Rasina_vallavalitsus, lk 60
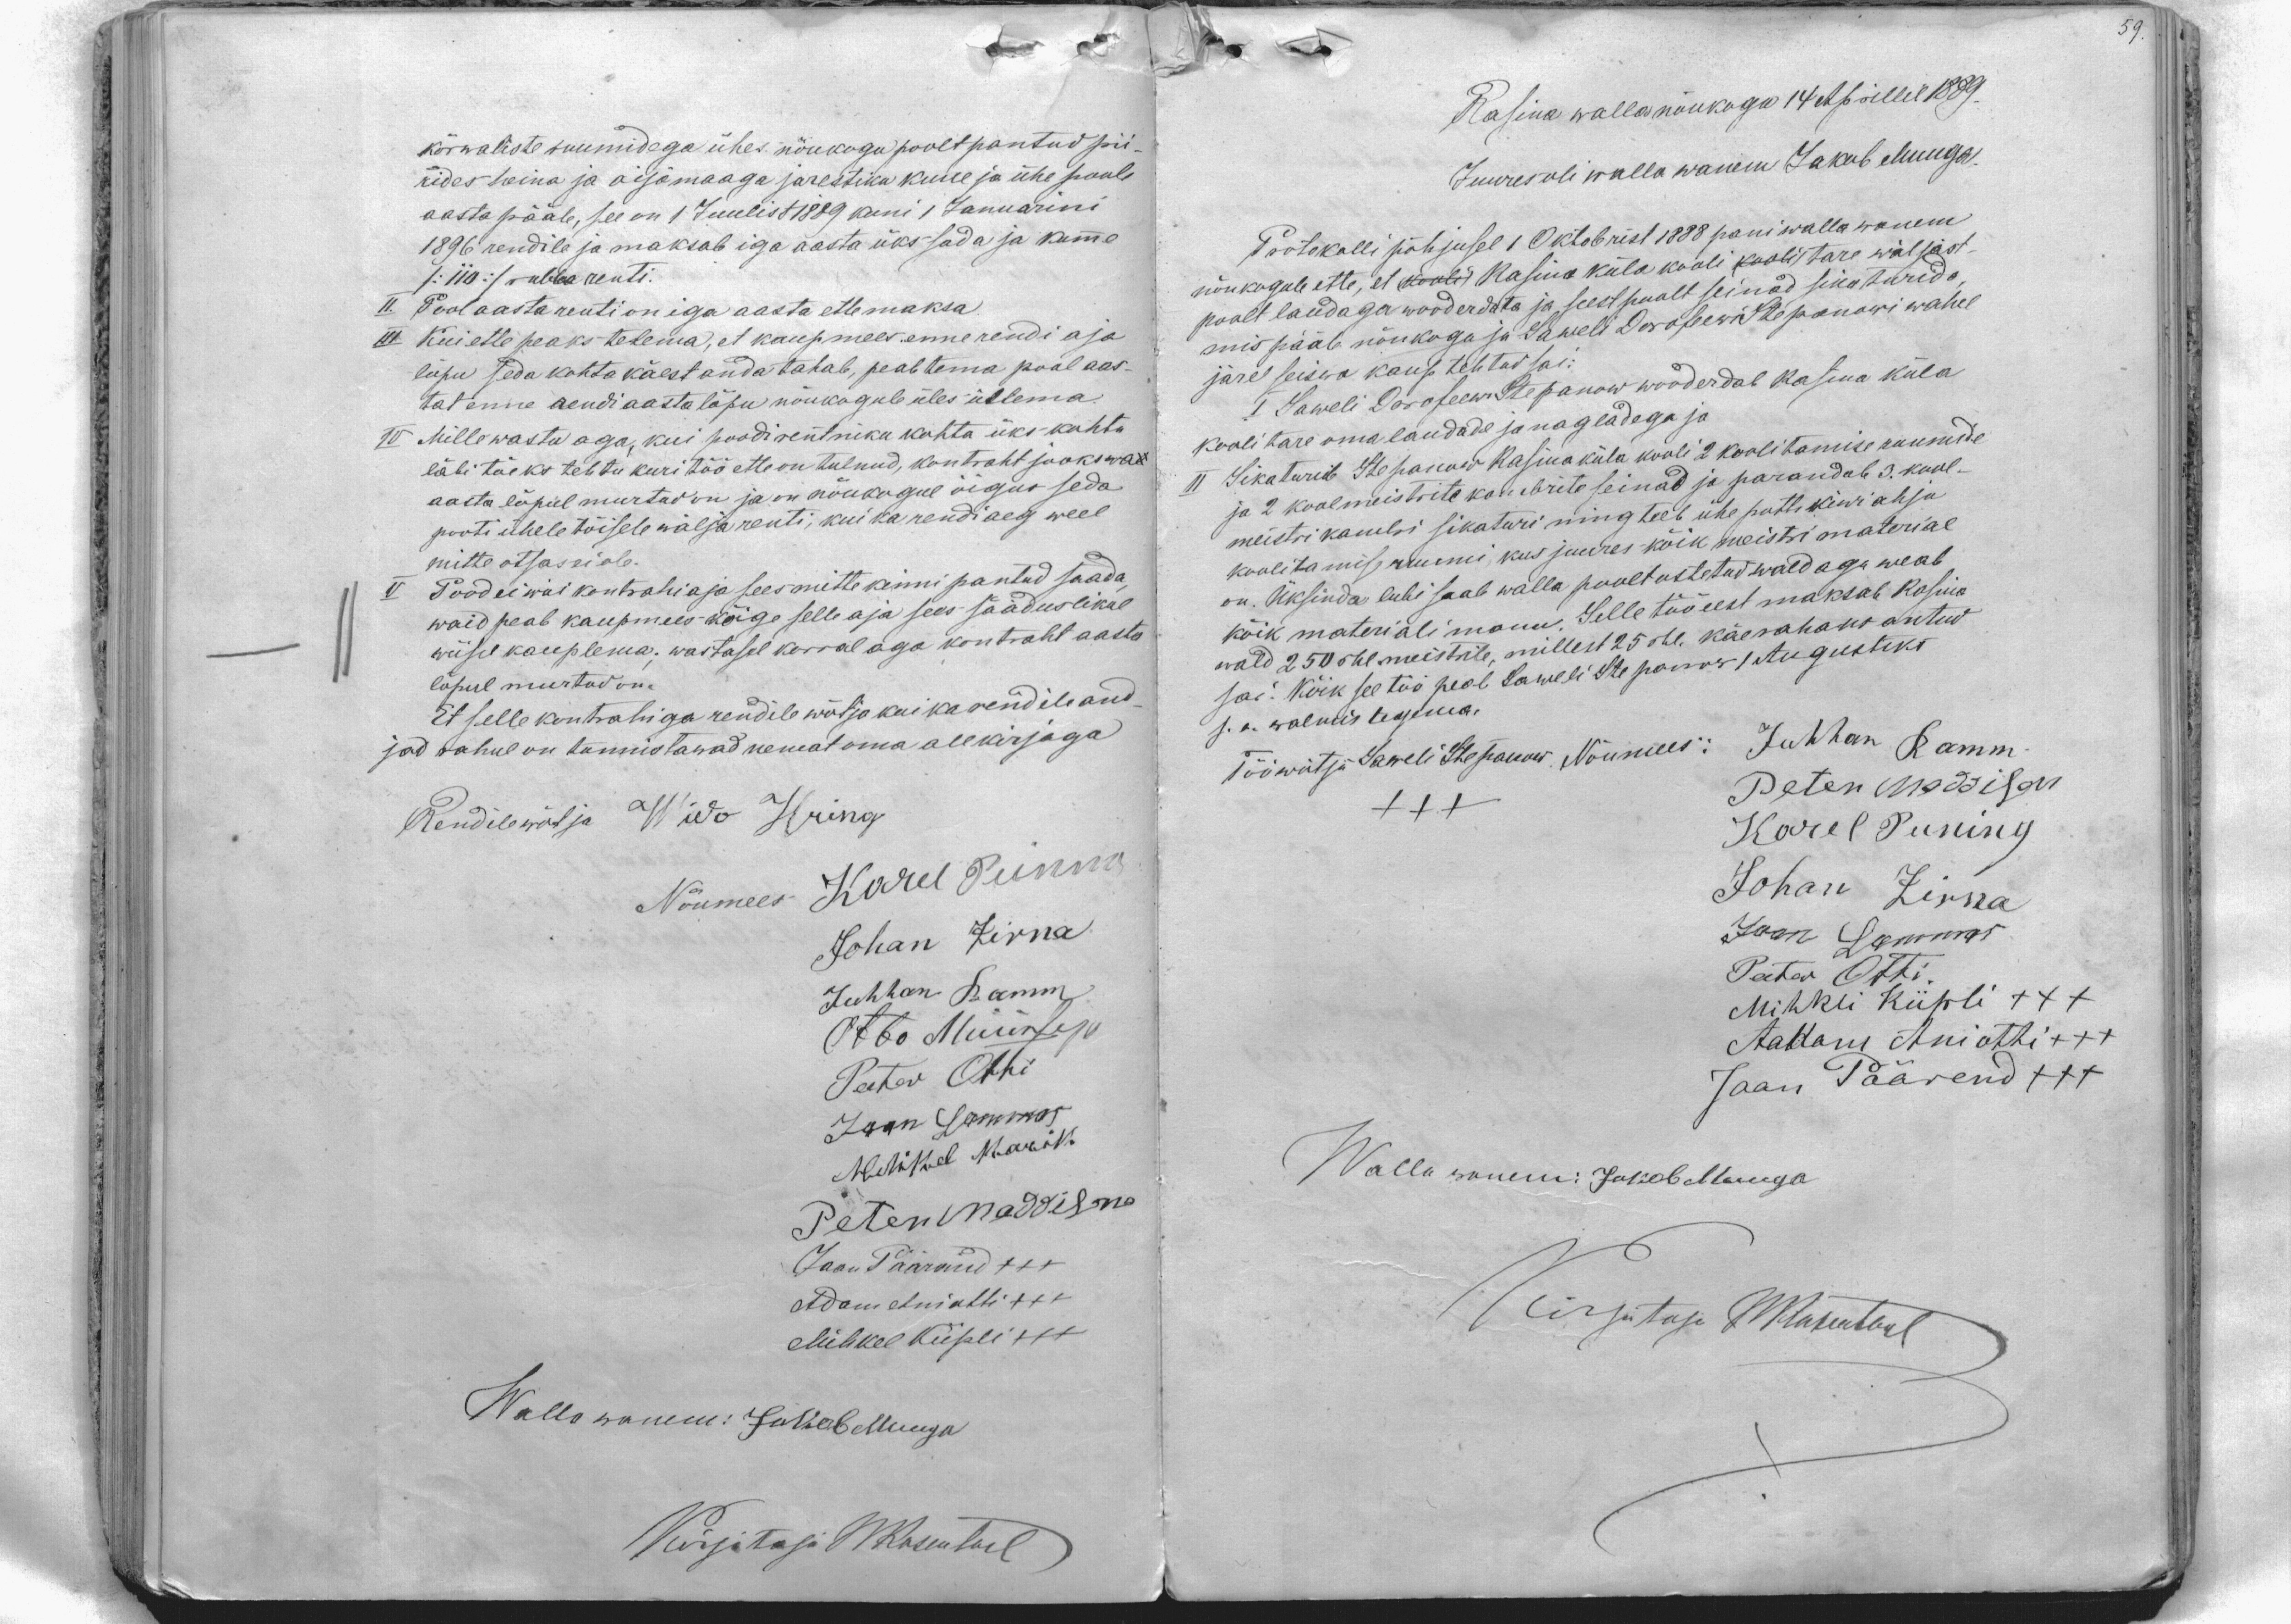
59.

kõrwaliste ruumidega ühes nõukogu poolt pantud pii-
rides heina ja aijamaaga järestiku kuue ja ühe poole
aasta pääle, see on 1 Juulist 1889 kuni 1 Januarini
1896 rendile ja maksab iga aasta ükssada ja kumme
/: 110 :/ rubla renti.
II. Pool aasta renti on iga aasta ettemaksa
III Kui ette peaks tulema, et kaupmees enne rendi aja
lõpu seda kohta käest anda tahab, peab tema pool aas-
tat enne rendi aasta lõpu nõukogule üles ütlema.
IV. Mille wastu aga, kui poodi renntniku kohta üks kohtu
läbi tõeks tehtu kuritöö ette on tulnud, kontraht jookswa
aasta lõpul murtud on ja on nõukogul õigus seda
pooti ühele tõisele wälja renti, kui ka rendiaeg weel
mitte otsas ei ole.
Pood ei woi kontrahi aja sees mitte kinni pantud saada
waid peab kaupmees kõige selle aja sees sääduslikul
wiisil kauplema; wastasel korral aga kontraht aasta
lõpul murtud on.
Et selle kontrahiga rendile wõtja kui ka rendileand-
jad rahul on tunnistawad nemat oma allkirjaga
Rendilewõtja Wido Hring
Nõumees Karel Punna
Johan Zirna
Juhhan Ramm
Otto Müürsep
Peeter Otti
Jaan Lammas
Mihkel Marik
Peter Maddisno
Jaan Päärand XXX
Adam Aniotti +++
Mihkel Kiipli XXX
Walla wanem: Jakob Muuga
Kirjutaja WRosentaal

Rasina walla nõukogu 14 Apillil 1889.
Juures oli walla wanem Jakob Muuga.
Protokolli põhjusel 1 Oktobrist 1888 pani walla wanem
nõukogule ette, et (kooli) Rasina küla kooli kooli tare wäljast
poolt laudaga wooderdata ja seest poolt seinad sikaturida,
mis pääle nõukogu ja Saweli Dorofeewi Stepanowi wahel
järel seiswa kaup tehtud sai:
I Saweli Dorofeewi Stepanow wooderdab Rasina küla
koolitare oma laudade ja nagladega ja
II Sikaturib Stepanow Rasina küla kooli 2 koolitamise ruumide
ja 2 koolmeistrite kambrite seinad ja parandab 3. kool-
meistri kambi sikaturi ning teeb ühe pottikiwi ahju
koolitamise ruumi, kus juures kõik meistri material
on. Üksinda lubi saab walla poolt ostetud wald aga weab
kõik materjali manu. Selle töö eest maksab Rasina
wald 250 rbl. meistrile, millest 25 rbl. käerahana antud
sai. Kõik see töö peab Saweli Stepanow 1 Augustiks
s. a. walmis tegema.
Tööwõtja Saweli Stepanow Nõumees: Juhhan Ramm
Peter Maddison
Karel Puning
Johan Zirna
Jaan Lammas
Peter Otti
Mihkli Kiipli XXX
Aadam Aniotti +++
Jaan Päärend +++
Walla wanem: Jakob Muuga
Kirjutaja WRosentaal